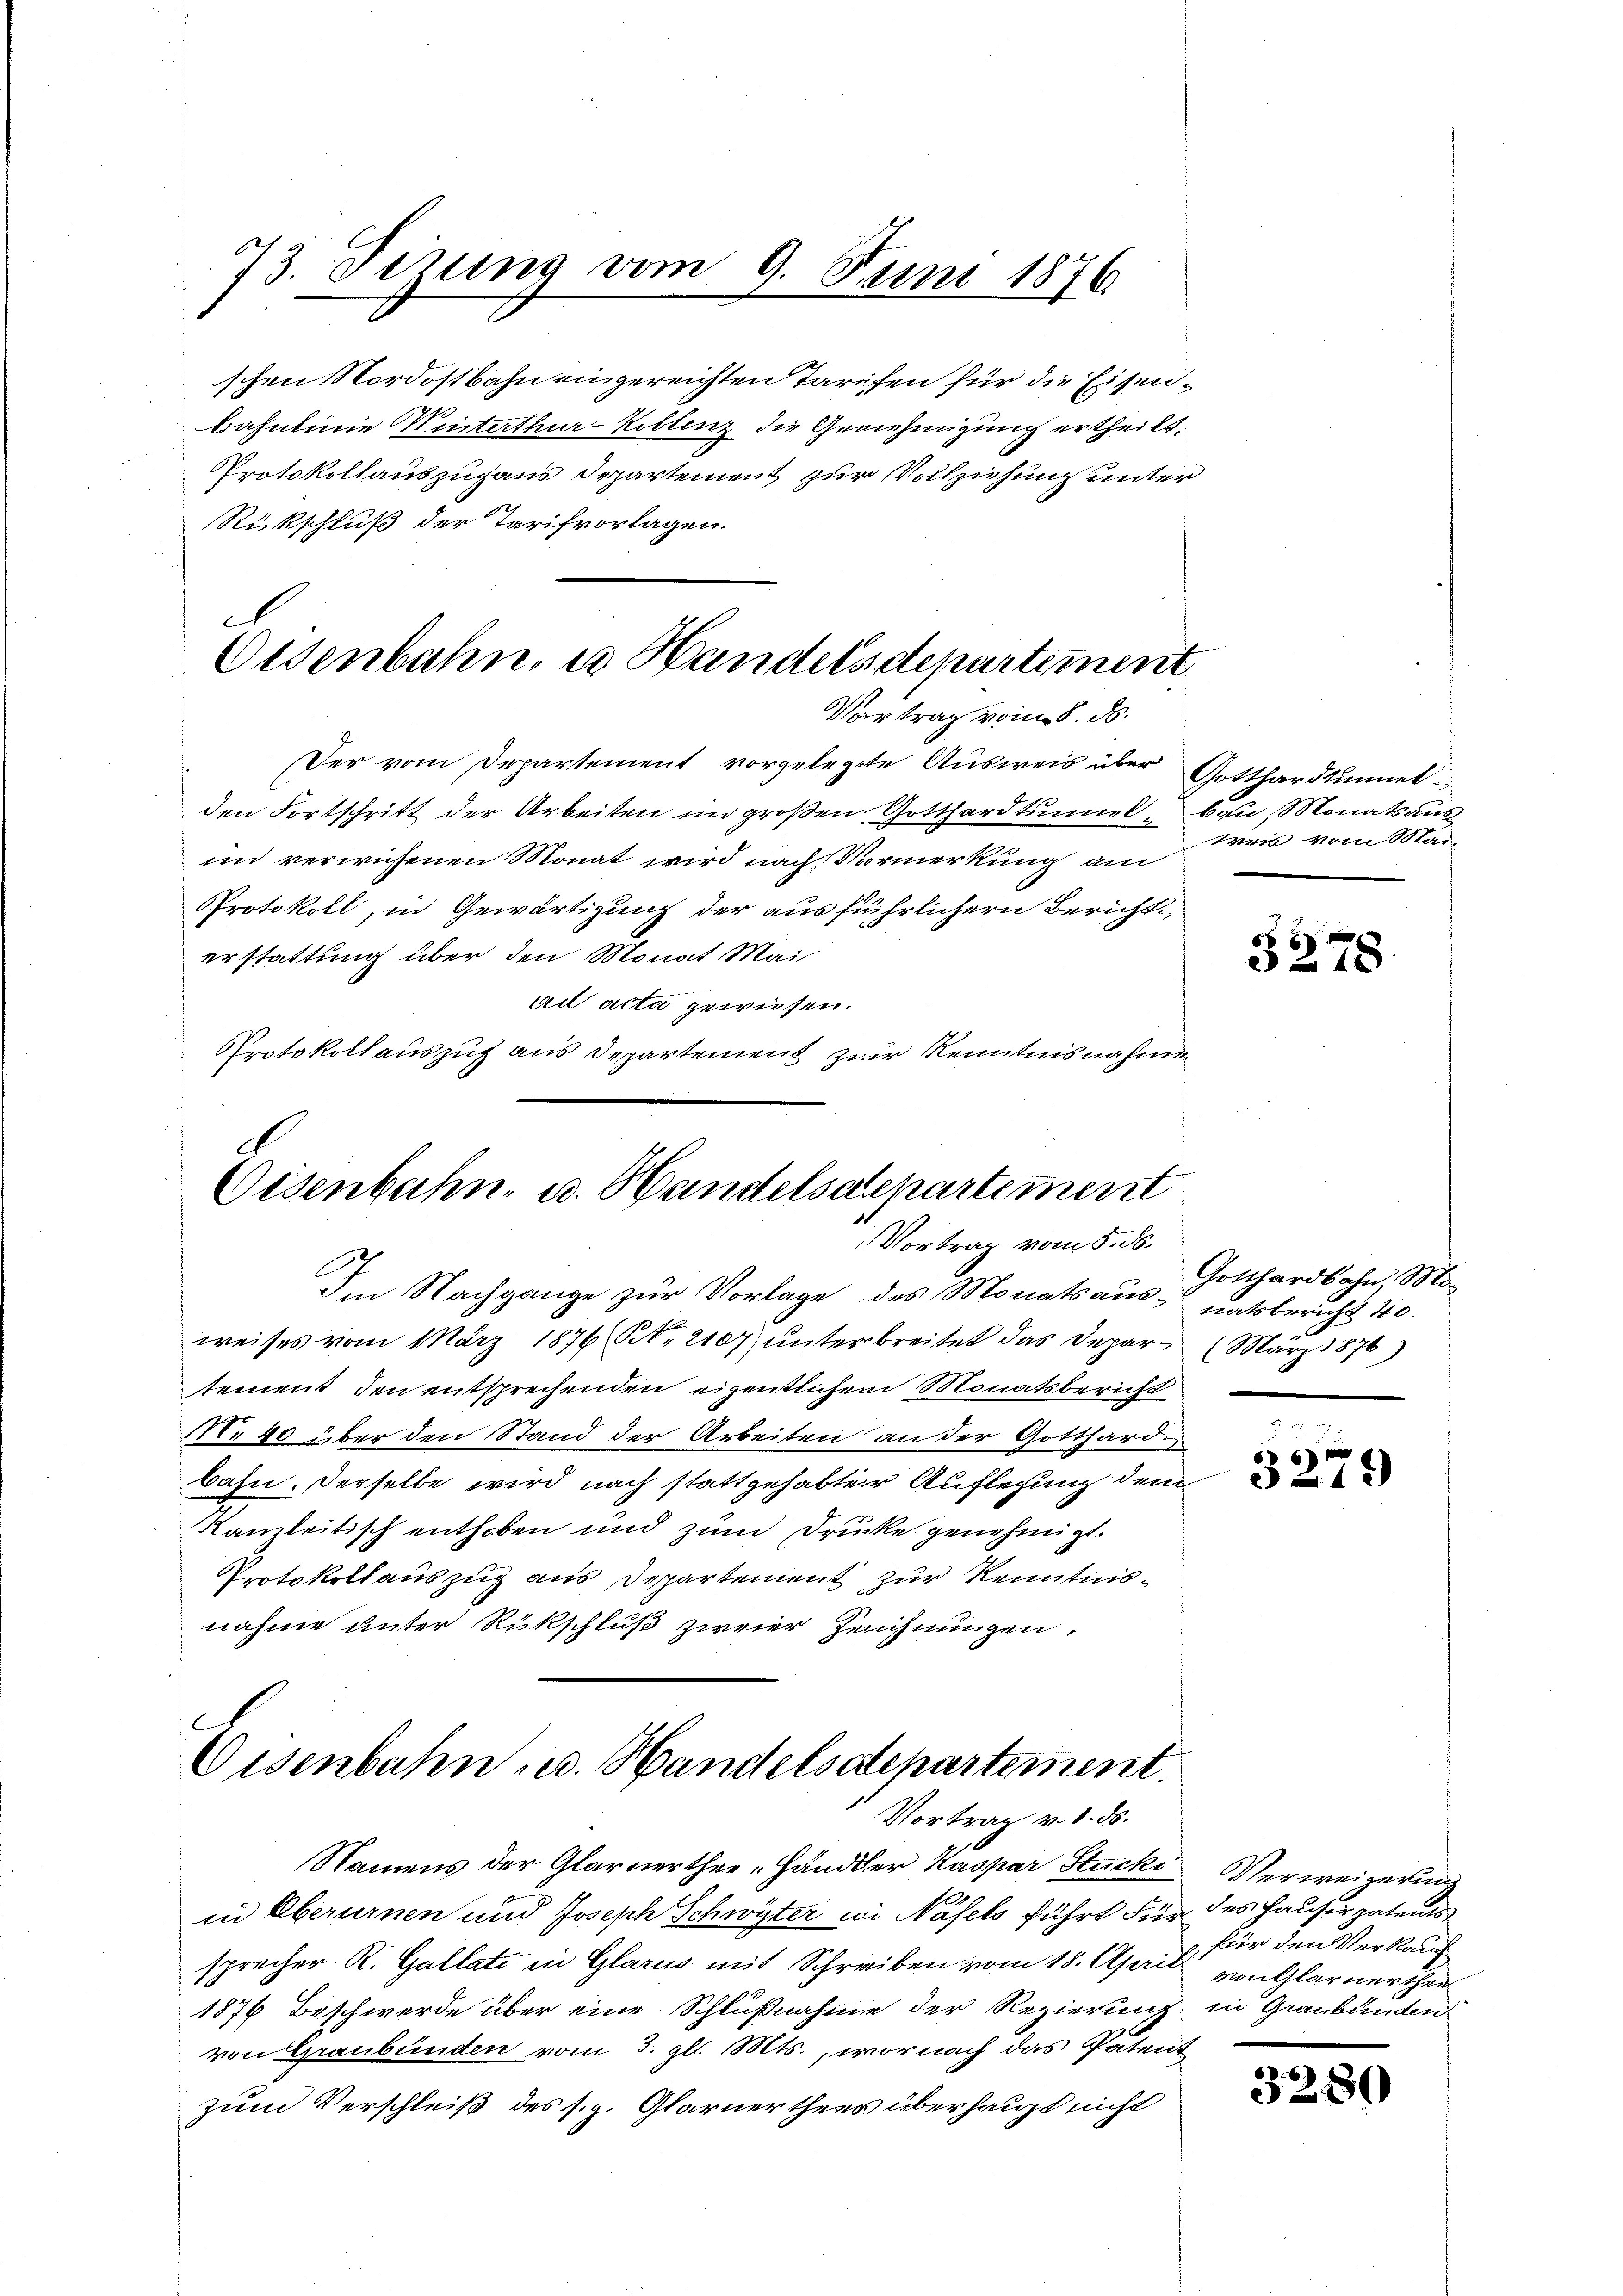
73. Dezung vom 9. Juni 1876

schen Nordostbahn eingereichten Tarifen für die Eisen¬
Bahnlinie Winterthur-Kollenz die Genehmigung ertheilt,
Protokollauszuhaus Departement zur Vollziehung unter
Rückschluß der Tarifvorlagen.
c
Osenbahn, u. Handelsdepartement

Der vom Departement vorgelegte Ausweis über Gotthardtunnetden Fortschritt der Arbeiten im großen Gotthardtuniel, ban, Monats aus
un verwiesenen Monat wird nach Vormerkung am
PProtokoll, in Gewärtigung der ausführlichern Berichterstattung über den Monat Mai
ad acta gewiesen.
Protokoll auszug aus Departement zur Kenntnisnahmen

Vortrag vom 8. d.

2.
Eisenbahn- u. Handelsackartement
Vortrag vom 5. ds.
C

Im Nachgange zur Vorlage des Monats aus-uatsbericht 40.
weises vom März 1876 § 2107) unterbreitet das Depar März 1876.)
tement den entsprechenden eigentlichen Monatsbericht
M. 40 über den Stand der Arbeiten an der Gotthard¬
Bahn. Derselbe wird nach stattgehabter Auflegung dem
kanleitisch enthoben und zum Drücke genehmigt.
Protokollauszug aus Departement zur Kenntnisnahme unter Rückschluß zweier Zeichnungen,

Eisenbahn u. Handelsdepartement.
Vortrag v. 8. ds.

Namens der Glarnerthee -Händler Kaspar Stucki
in Überurnen und Joseph Schwyter in Näfels führt für des Hauser patent
sprecher R. Gallati in Glarus mit Schreiben vom 18. April. für den Verkauf
1876 Beschwerde über eine Schlußnahme der Regierung in Graubünden
von Graubünden vom 3. gl. Mts., wornach das Patent
zum Verschleiß des s. g. Glarner thues überhaupt nicht

Zeppe vom Mai

3278.

Gotthardbahn, Mo¬

66
215)

Verweigerung
von Glarnerthei

3280